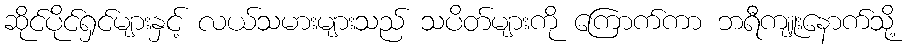
ဆိုင်ပိုင်ရှင်များနှင့် လယ်သမားများသည် သပိတ်များကို ကြောက်ကာ ဘရီကျူးနောက်သို့